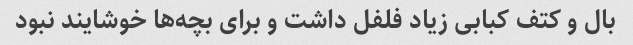
بال و کتف کبابی زیاد فلفل داشت و برای بچه‌ها خوشایند نبود